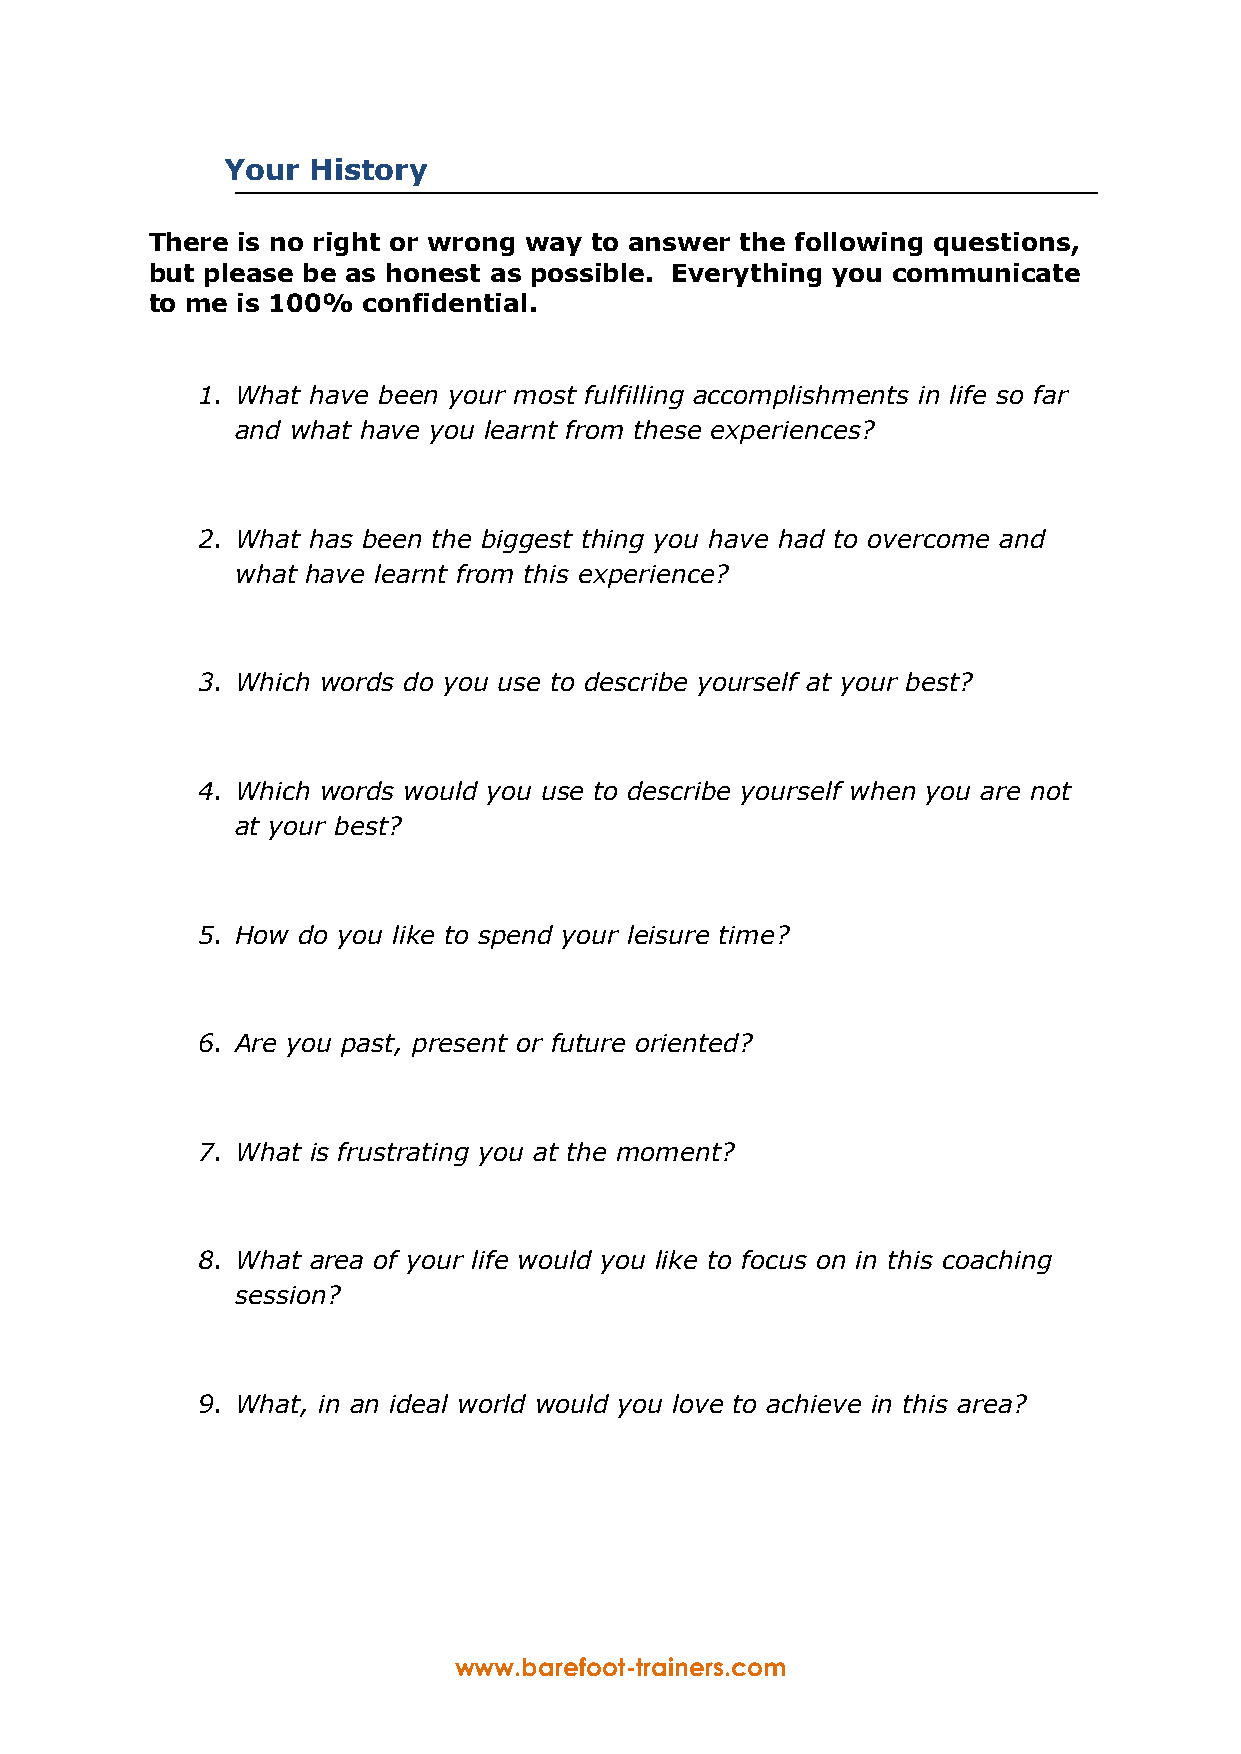
Your  History
 There is no right or wrong way to answer the following questions,
 but please be as honest as possible. Everything you communicate
 to me is 100% confidential.
 1. What have been your most fulfilling accomplishments in life so far
 and what have you learnt from these experiences?
 2. What has been the biggest thing you have had to overcome and
 what have learnt from this experience?
 3. Which words do you use to describe yourself at your best?
 4. Which words would you use to describe yourself when you are not
 at your best?
 5. How do you like to spend your leisure time?
 6. Are you past, present or future oriented?
 7. What is frustrating you at the moment?
 8. What area of your life would you like to focus on in this coaching
 session?
 9. What, in an ideal world would you love to achieve in this area?
 www.barefoot-trainers.com